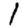
Digit: 1